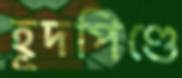
হূদপিণ্ডে